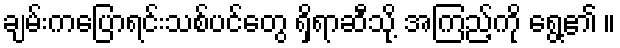
ချမ်းကပြောရင်းသစ်ပင်တွေ ရှိရာဆီသို့ အကြည့်ကို ရွေ့၏ ။